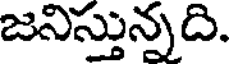
జనిస్తున్నది.